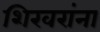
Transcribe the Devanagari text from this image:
शिखरांना